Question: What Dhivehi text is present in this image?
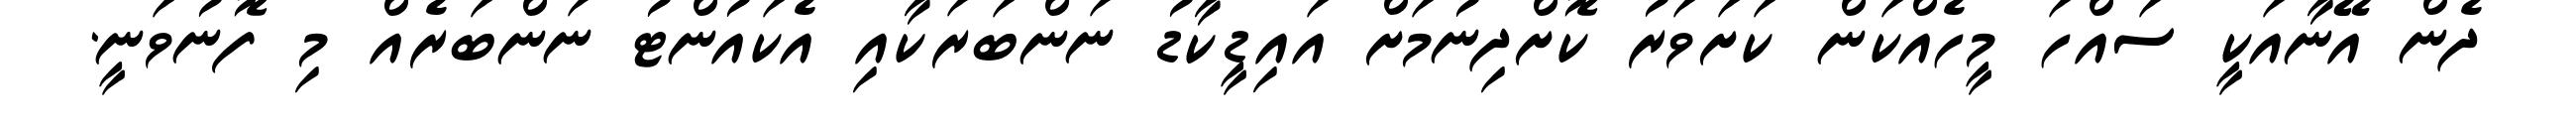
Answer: ދެން އޭނާއަކީ ސައްހަ މީހެއްކަން ކަށަވަރު ކޮށްދިނުމަށް އައިޑީކާޑު ނަންބަރަކާއި އެކައުންޓު ނަންބަރެއް މި ފޮނުވަނީ.